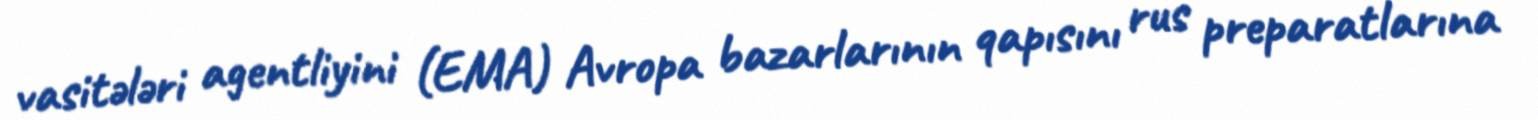
vasitələri agentliyini (EMA) Avropa bazarlarının qapısını rus preparatlarına